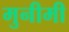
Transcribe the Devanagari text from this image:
मुनीमी